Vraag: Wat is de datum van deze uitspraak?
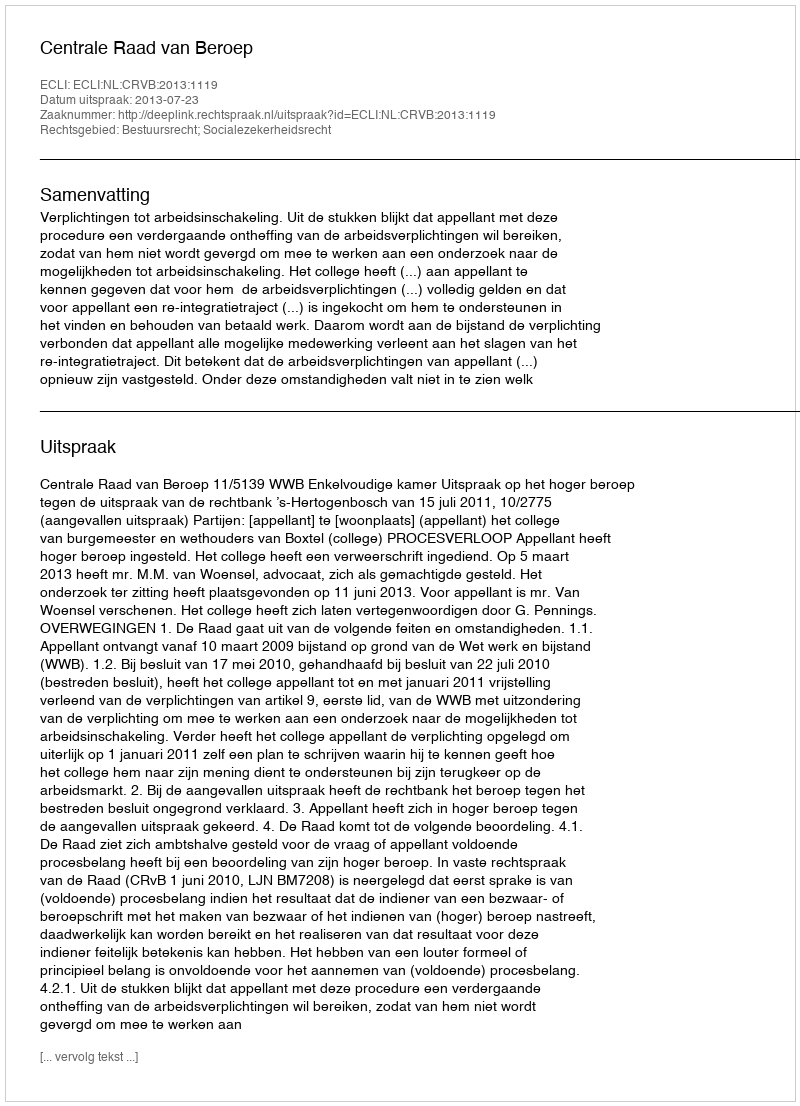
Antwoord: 2013-07-23